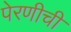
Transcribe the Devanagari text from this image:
पेरणीची